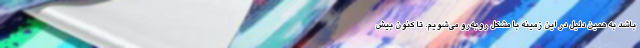
باشد به همین دلیل در این زمینه با مشکل روبه‌رو می‌شویم. تا کنون بیش